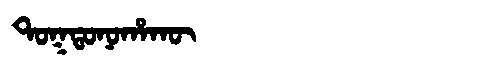
Manchu: ᡨᠣᡴᡨᠣᠨᠣᡥᠠᡴᡡ
Romanization: TOKTONOHAKŪ